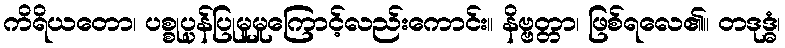
ကိရိယတော၊ ပစ္စုပ္ပန်ပြုမူမှုကြောင့်လည်းကောင်း။ နိဗ္ဗတ္တာ၊ ဖြစ်ရလေ၏။ တဒုဒ္ဓံ၊